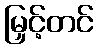
မြှင့်တင်